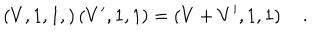
\left( V , 1 , 1 , \right) \left( V ^ { \prime } , 1 , 1 \right) = \left( V + V ^ { \prime } , 1 , 1 \right) \quad .